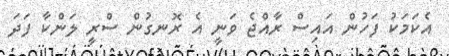
އެކަމަކު ފަހުން އައިސް ރާއްޖެ ވަނީ އެ ރޮނގުން ސްރީ ލަންކާ ފަދަ